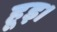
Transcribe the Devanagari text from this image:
हूइ।